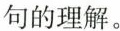
句的理解。